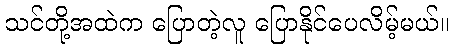
သင်တို့အထဲက ပြောတဲ့လူ ပြောနိုင်ပေလိမ့်မယ်။